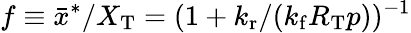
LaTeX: f\equiv\bar{x}^{\ast}/X_{\mathrm{T}}=(1+{k_{\mathrm{r}}}/({k_{\mathrm{f}}}R_{\mathrm{T}}p))^{-1}